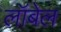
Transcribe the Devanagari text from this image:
लॉबेल